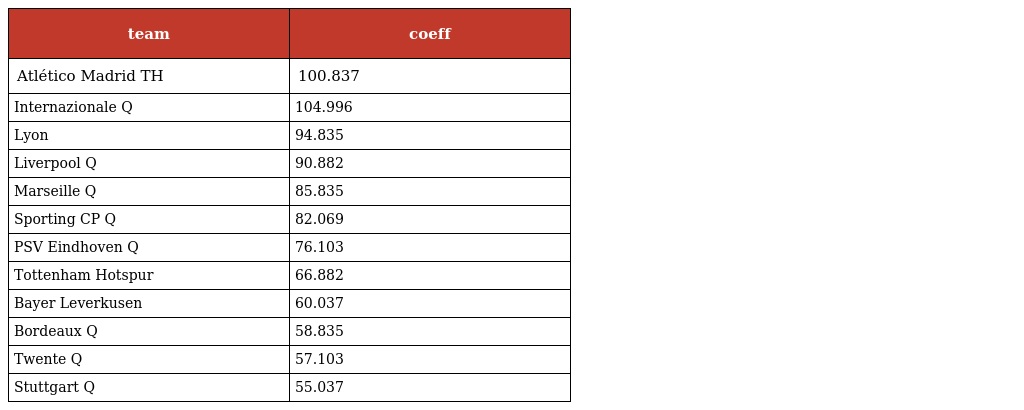
| team | coeff |
 | --- | --- |
 | Atlético Madrid TH | 100.837 |
 | Internazionale Q | 104.996 |
 | Lyon | 94.835 |
 | Liverpool Q | 90.882 |
 | Marseille Q | 85.835 |
 | Sporting CP Q | 82.069 |
 | PSV Eindhoven Q | 76.103 |
 | Tottenham Hotspur | 66.882 |
 | Bayer Leverkusen | 60.037 |
 | Bordeaux Q | 58.835 |
 | Twente Q | 57.103 |
 | Stuttgart Q | 55.037 |